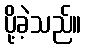
ပို့ခဲ့သည်။